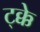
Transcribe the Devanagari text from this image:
ट्क्के